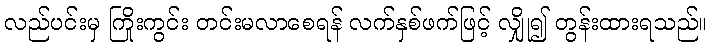
လည်ပင်းမှ ကြိုးကွင်း တင်းမလာစေရန် လက်နှစ်ဖက်ဖြင့် လျှို၍ တွန်းထားရသည်။